Rangoon Lunatic Asylum 1893-1897 - 1893-1897
Year: 1893
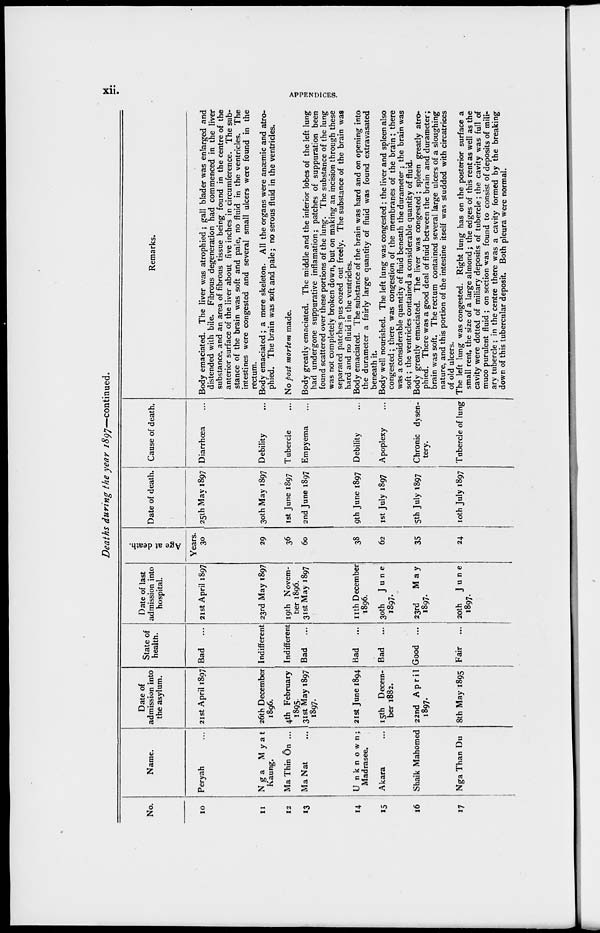
xii.
APPENDICES.
Deaths during the year 1897—continued.
No.
10
11
12
13
14
15
16
17
Name.
Peryah ...
Nga
Myat
Kaung.
Ma Thin Ôn ...
Ma Nat ...
Unknown;
Madrasee.
Akara ...
Shaik Mahomed
Nga Than Du
Date of
admission into
the asylum.
21st April 1897
26th December
1896.
4th February
1895.
31st May 1897
1897.
21st June 1894
15th Decem-
ber 1882.
22nd April
1897.
8th May 1895
State of
health.
Bad
...
Indifferent
Indifferent
Bad
...
Bad
...
Bad
...
Good ...
Fair ...
Date of last
admission into
hospital.
21st April 1897
23rd May 1897
19th Novem-
ber 1896.
31st May 1897
11th December
1896.
30th
June
1897.
23rd
May
1897.
20th
June
1897.
Age at death.
Years.
30
29
36
60
38
62
35
24
Date of death.
25th May 1897
30th May 1897
1st June 1897
2nd June 1897
9th June 1897
1st July 1897
5th July 1897
10th July 1897
Cause of death.
Diarrhœa ...
Debility ...
Tubercle ...
Empyema ...
Debility ...
Apoplexy ...
Chronic dysen-
tery.
Tubercle of lung
Remarks.
Body emaciated. The liver was atrophied; gall blader was enlarged and
distended with bile. Fibrous degeneration had commenced in the liver
substance, and an area of fibrous tissue being found in the centre of the
anterior surface of the liver about five inches in circumference. The sub-
stance of the brain was soft and pale, no fluid in the ventricles. The
intestines were congested and several small ulcers were found in the
rectum.
Body emaciated ; a mere skeleton. All the organs were anæmic and atro-
phied. The brain was soft and pale; no serous fluid in the ventricles.
No post mortem made.
Body greatly emaciated. The middle and the inferior lobes of the left lung
had undergone suppurative inflamation; patches of suppuration been
found scattered over these portions of the lung. The substance of the lung
was not completely broken down, but on making an incision through these
separated patches pus oozed out freely. The substance of the brain was
hard and no fluid in the ventricles.
Body emaciated. The substance of the brain was hard and on opening into
the durameter a fairly large quantity of fluid was found extravasated
beneath it.
Body well nourished. The left lung was congested; the liver and spleen also
congested; there was congestion of the membranes of the brain; there
was a considerable quantity of fluid beneath the durameter ; the brain was
soft; the ventricles contained a considerable quantity of fluid.
Body greatly emaciated. The liver was congested; spleen greatly atro-
phied. There was a good deal of fluid between the brain and durameter;
brain was soft. The rectum contained several large ulcers of a sloughing
nature, and this portion of the intestine itself was studded with circatrices
of old ulcers.
The left lung was congested. Right lung has on the posterior surface a
small rent, the size of a large almond; the edges of this rent as well as the
cavity were dotted of miliary deposits of tubercle; the cavity was full of
muco purulent fluid ; on section was found to consist of deposits of mili-
ary tubercle; in the centre there was a cavity formed by the breaking
down of this tubercular deposit. Both pleura were normal.